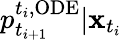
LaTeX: p_{t_{i+1}}^{t_{i},\mathrm{ODE}}|\mathbf{x}_{t_{i}}